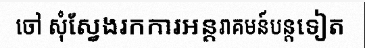
ចៅ សុំស្វែងរកការអន្តរាគមន៍បន្តទៀត